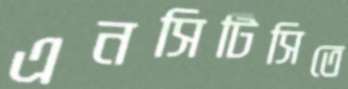
এনসিটিসিতে